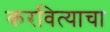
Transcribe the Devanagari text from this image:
करवित्याचा